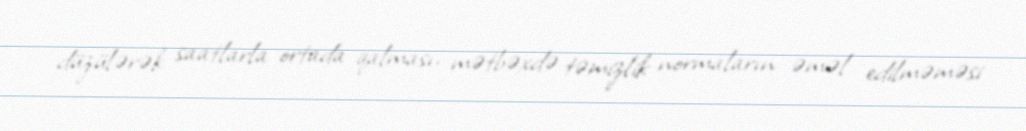
düzülərək saatlarla ortada qalması, mətbəxdə təmizlik normaların əməl edilməməsi